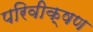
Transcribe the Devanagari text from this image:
परिवीक्षण